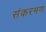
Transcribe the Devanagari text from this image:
संकरमण